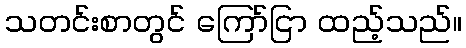
သတင်းစာတွင် ကြော်ငြာ ထည့်သည်။